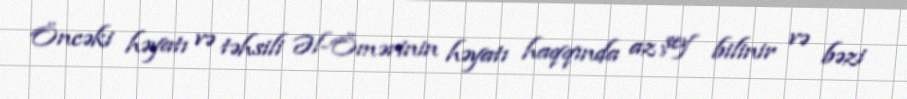
Öncəki həyatı və təhsili Əl-Ömərinin həyatı haqqında az şey bilinir və bəzi